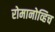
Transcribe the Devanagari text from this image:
रोमानोव्हिच